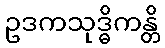
ဥဒကသုဒ္ဓိကန္တိ